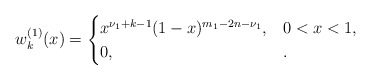
\begin{align*} w_k^{(1)}(x) = \begin{cases} x^{\nu_1+k-1} (1-x)^{m_1-2n-\nu_1}, & 0 < x < 1, \\0, & . \end{cases} \end{align*}